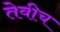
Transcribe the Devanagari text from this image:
तेवीच